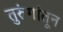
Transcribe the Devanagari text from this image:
तुरुंगांतून